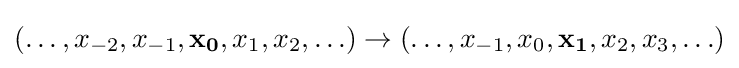
(\ldots ,x_{-2},x_{-1},\mathbf {x_{0}} ,x_{1},x_{2},\ldots )\rightarrow (\ldots ,x_{-1},x_{0},\mathbf {x_{1}} ,x_{2},x_{3},\ldots )